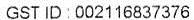
GST ID : 002116837376